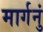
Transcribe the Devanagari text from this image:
मार्गनुं